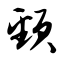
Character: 颈